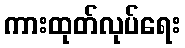
ကားထုတ်လုပ်ရေး